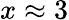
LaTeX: x\approx 3